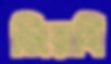
জিরবি